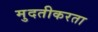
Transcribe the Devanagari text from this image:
मुदतीकरता